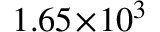
1 . 6 5 \! \times \! 1 0 ^ { 3 }